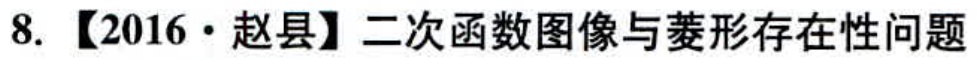
8. 【2016·赵县】二次函数图像与菱形存在性问题